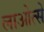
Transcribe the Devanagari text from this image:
लाओत्से